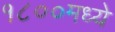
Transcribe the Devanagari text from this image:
१८००मध्ये